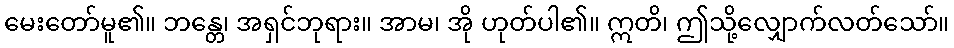
မေးတော်မူ၏။ ဘန္တေ၊ အရှင်ဘုရား။ အာမ၊ အို ဟုတ်ပါ၏။ ဣတိ၊ ဤသို့လျှောက်လတ်သော်။